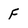
Character: F